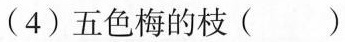
(4)五色梅的枝( )